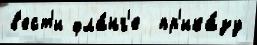
в'ест'и фла́нг'е  пр'ика́зу